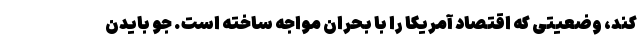
کند، وضعیتی که اقتصاد آمریکا را با بحران مواجه ساخته است. جو بایدن